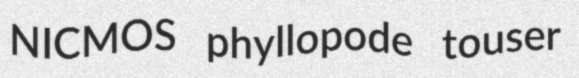
NICMOS phyllopode touser